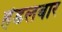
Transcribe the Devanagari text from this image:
हेंडलबार